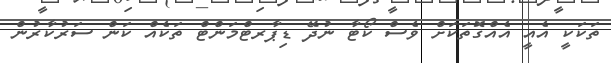
ތަކަކީ އެއީ އެއްގޮތަކަށް ވެސް ކޯޓާ ނުދޭ ޑިޕާރޓްމަންޓް ތަކެއް ކަން ސަރުކާރުން